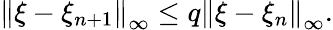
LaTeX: \left\| \xi-\xi_{n+1}\right\| _{\infty}\leq q\left\| \xi-\xi_{n}\right\| _{\infty}.